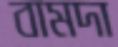
বামদা